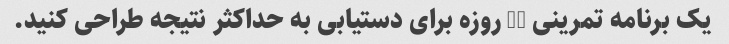
یک برنامه تمرینی 10 روزه برای دستیابی به حداکثر نتیجه طراحی کنید.